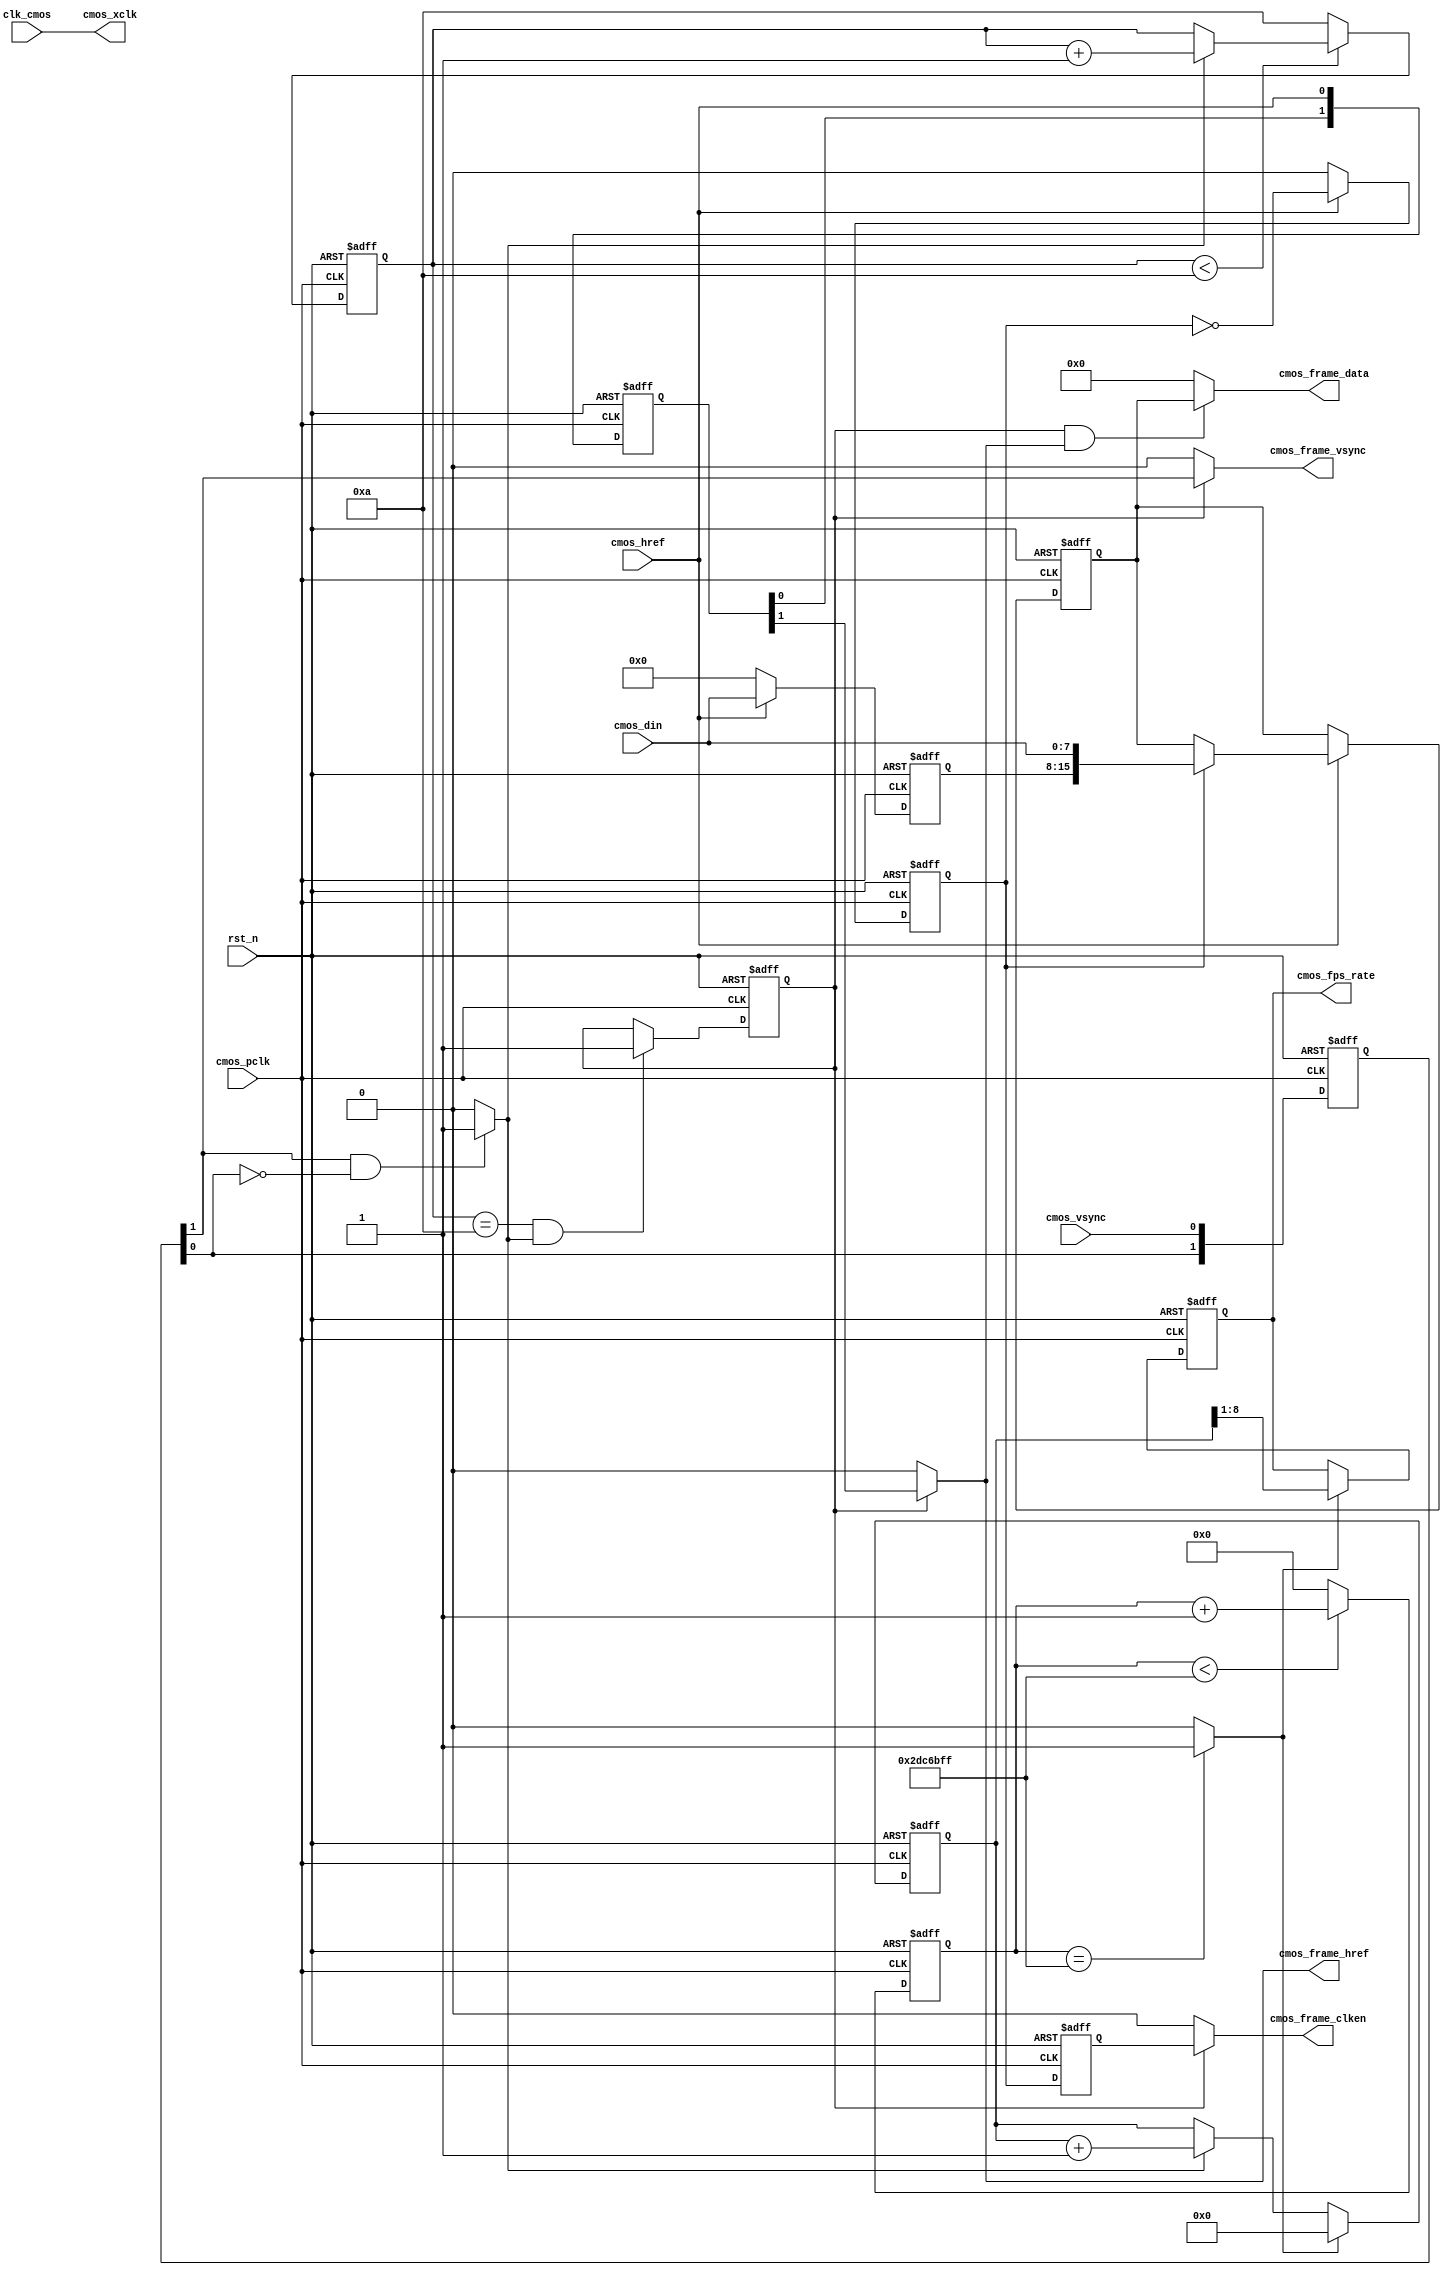
`timescale 1ns/1ns
module CMOS_Capture_RGB565(
	//global clock
	input				clk_cmos,			//24MHz CMOS Driver clock input
	input				rst_n,				//global reset

	//CMOS Sensor Interface
	input				cmos_pclk,			//24MHz CMOS Pixel clock input
	output				cmos_xclk,			//24MHz drive clock
	input				cmos_vsync,			//H : Data Valid; L : Frame Sync(Set it by register)
	input				cmos_href,			//H : Data vaild, L : Line Sync
	input		[7:0]	cmos_din,			//8 bits cmos data input
	
	//CMOS SYNC Data output
	output				cmos_frame_vsync,	//cmos frame data vsync valid signal
	output				cmos_frame_href,	//cmos frame data href vaild  signal
	output		[15:0]	cmos_frame_data,	//cmos frame RGB output: {{R[4:0],G[5:3]}, {G2:0}, B[4:0]}	
	output				cmos_frame_clken,	//cmos frame data output/capture enable clock, 12MHz
	
	//user interface
	output	reg	[7:0]	cmos_fps_rate		//cmos frame output rate
);

	parameter			CMOS_FRAME_WAITCNT	=	4'd10;		//Wait n fps for steady(OmniVision need 10 Frame)
	
	assign	cmos_xclk = clk_cmos;	//24MHz CMOS XCLK output

	//-----------------------------------------------------
	//Sensor HS & VS Vaild Capture
	/**************************************************					       
			_________________________________
	VS______|                                 |________
					_______	 	     _______
	HS_____________|       |__...___|       |____________
	**************************************************/
	//-------------------------------------------------------------
	//sync the frame vsync and href signal and generate frame begin & end signal
	reg	[1:0]	cmos_vsync_r, cmos_href_r;
	
	always@(posedge cmos_pclk or negedge rst_n)
	if(!rst_n) begin
		cmos_vsync_r <= 0;
		cmos_href_r <= 0;
	end
	else begin
		cmos_vsync_r <= {cmos_vsync_r[0], cmos_vsync};
		cmos_href_r <= {cmos_href_r[0], cmos_href};
	end

	//wire	cmos_vsync_begin 	= 	(~cmos_vsync_r[1] & cmos_vsync_r[0]) ? 1'b1 : 1'b0;	//H : Data Valid; L : Frame Sync
	wire	cmos_vsync_end 		= 	(cmos_vsync_r[1] & ~cmos_vsync_r[0]) ? 1'b1 : 1'b0;	//H : Data Valid; L : Frame Sync

	//----------------------------------------------------------------------------------
	//Wait for Sensor output Data valid 10 Frame of OmniVision
	reg	[3:0]	cmos_fps_cnt;
	always@(posedge cmos_pclk or negedge rst_n)
	if(!rst_n)
		cmos_fps_cnt <= 0;
	else begin	//Wait until cmos init complete
		if(cmos_fps_cnt < CMOS_FRAME_WAITCNT)	
			cmos_fps_cnt <= cmos_vsync_end ? cmos_fps_cnt + 1'b1 : cmos_fps_cnt;
		else
			cmos_fps_cnt <= CMOS_FRAME_WAITCNT;
	end

	//----------------------------------------------------------------------------------
	//Come ture frame synchronization to ignore error frame or has not capture when vsync begin
	reg		frame_sync_flag;
	always@(posedge cmos_pclk or negedge rst_n)
	if(!rst_n)
		frame_sync_flag <= 0;
	else if(cmos_fps_cnt == CMOS_FRAME_WAITCNT && cmos_vsync_end == 1)
		frame_sync_flag <= 1;
	else
		frame_sync_flag <= frame_sync_flag;


	//----------------------------------------------------------------------------------
	//capture and sync RGB565 cmos_din
	reg	[7:0]	cmos_din_r;
	reg	[15:0]	cmos_frame_data_r;
	reg			byte_flag;
	always@(posedge cmos_pclk or negedge rst_n)
	if(!rst_n) begin
		cmos_din_r <= 0;
		byte_flag <= 0;
		cmos_frame_data_r <= 0;
	end
	else if(cmos_href) begin
		byte_flag <= ~byte_flag;
		cmos_din_r <= cmos_din;
		if(byte_flag == 1'b1)
			cmos_frame_data_r <= {cmos_din_r, cmos_din};	//MSB -> LSB
		else
			cmos_frame_data_r <= cmos_frame_data_r;
	end
	else begin
		cmos_din_r <= 0;
		byte_flag <= 0;
		cmos_frame_data_r <= cmos_frame_data_r;
	end

	assign	cmos_frame_data = (frame_sync_flag & cmos_frame_href) ? cmos_frame_data_r : 16'd0;

	//-----------------------------------------------
	//Generate cmos data enable clock signal
	reg	byte_flag_r;
	always@(posedge cmos_pclk or negedge rst_n)
	if(!rst_n)
		byte_flag_r <= 0;
	else
		byte_flag_r <= byte_flag;
		
	assign	cmos_frame_clken = frame_sync_flag ? byte_flag_r : 1'b0;
	assign	cmos_frame_vsync = frame_sync_flag ? cmos_vsync_r[1] : 1'b0;//Lag 2 clocks
	assign	cmos_frame_href  = frame_sync_flag ? cmos_href_r[1] : 1'b0;	//Lag 2 clocks


	//----------------------------------------------------------------------------------------------------------
	//----------------------------------------------------------------------------------------------------------
	//Delay 2s for cmos fps counter
	localparam	DELAY_TOP = 2 * 24_000000;	//2s delay
	reg	[27:0]	delay_cnt;
	always@(posedge cmos_pclk or negedge rst_n)
	if(!rst_n)
		delay_cnt <= 0;
	else if(delay_cnt < DELAY_TOP - 1'b1)
		delay_cnt <= delay_cnt + 1'b1;
	else
		delay_cnt <= 0;


	wire	delay_2s = (delay_cnt == DELAY_TOP - 1'b1) ? 1'b1 : 1'b0;

	//-------------------------------------
	//cmos image output rate counter
	reg	[8:0]	cmos_fps_cnt2;
	always@(posedge cmos_pclk or negedge rst_n)
	if(!rst_n) begin
		cmos_fps_cnt2 <= 0;
		cmos_fps_rate <= 0;
	end
	else if(delay_2s == 1'b0)begin	//time is not reached
		cmos_fps_cnt2 <= cmos_vsync_end ? cmos_fps_cnt2 + 1'b1 : cmos_fps_cnt2;
		cmos_fps_rate <= cmos_fps_rate;
	end
	else begin	//time up
		cmos_fps_cnt2 <= 0;
		cmos_fps_rate <= cmos_fps_cnt2[8:1];	//divide by 2
	end

endmodule